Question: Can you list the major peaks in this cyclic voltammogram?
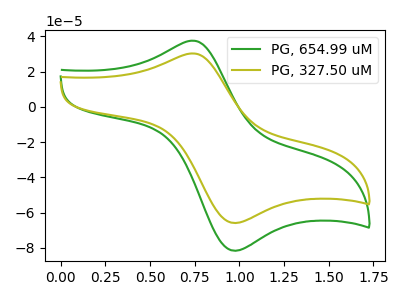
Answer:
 <answer>The green curve "PG, 654.99 uM" has an anodic peak at (0.75V, 37.60uA) and a cathodic peak at (1.00V, -81.60uA). The olive curve "PG, 327.50 uM" has an anodic peak at (0.75V, 30.35uA) and a cathodic peak at (1.00V, -65.85uA).</answer>
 <eval></eval>